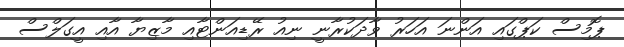
ޕޮމިސް ކަޕްގައި އަންނަ އަހަރު ވާދަކުރާނީ ނިއު ރޭޑިއަންޓާއި މާޒިޔާ އާއި އީގަލްސް